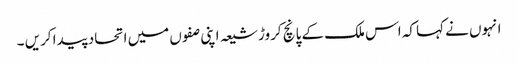
انہوں نے کہا کہ اس ملک کے پانچ کروڑ شیعہ اپنی صفوں میں اتحاد پیدا کریں ۔